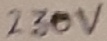
Text: 230V